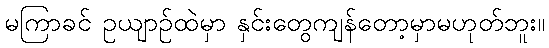
မကြာခင် ဥယျာဉ်ထဲမှာ နှင်းတွေကျန်တော့မှာမဟုတ်ဘူး။